画像に写った文字を読んでください
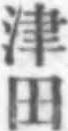
「津田」と書いてあります